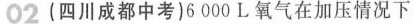
02(四川成都中考)6000L氧气在加压情况下